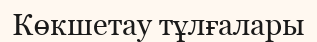
Көкшетау тұлғалары